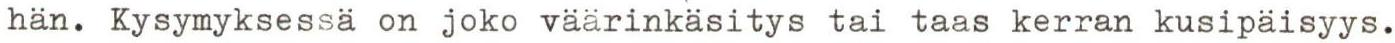
hän. Kysymyksessä on joko väärinkäsitys tai taas kerran kusipäisyys.